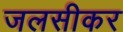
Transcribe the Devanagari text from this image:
जलसीकर